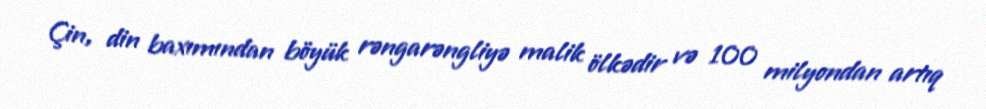
Çin, din baxımından böyük rəngarəngliyə malik ölkədir və 100 milyondan artıq